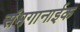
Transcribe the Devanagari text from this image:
संमगानाईक